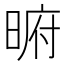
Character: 𭦥